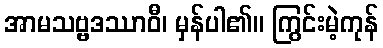
အာမသဗ္ဗဒဿာဝီ၊ မှန်ပါ၏။ ကြွင်းမဲ့ကုန်